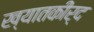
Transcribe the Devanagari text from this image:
ख्यातकीर्द